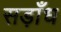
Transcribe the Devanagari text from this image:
सड़ाँध